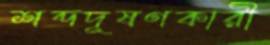
শব্দদূষণকারী